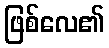
ဖြစ်လေ၏